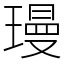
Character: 㻴